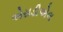
એસડીએલ